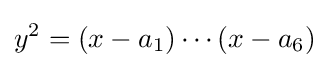
y^{2}=(x-a_{1})\cdots (x-a_{6})